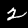
Label: 2